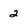
Character: 2